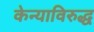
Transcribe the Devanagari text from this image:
केन्याविरुद्ध